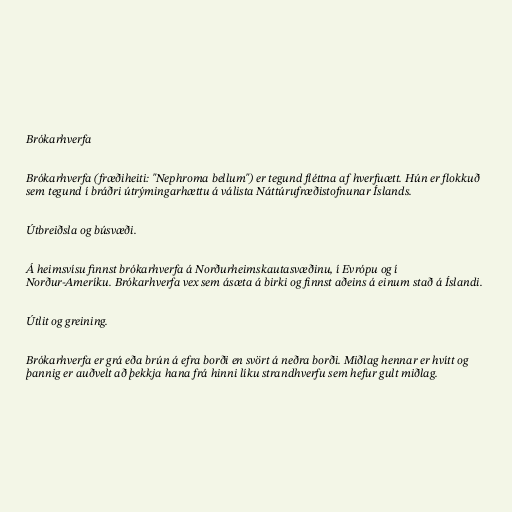
Brókarhverfa

Brókarhverfa (fræðiheiti: "Nephroma bellum") er tegund fléttna af hverfuætt. Hún er flokkuð
sem tegund í bráðri útrýmingarhættu á válista Náttúrufræðistofnunar Íslands.

Útbreiðsla og búsvæði.

Á heimsvísu finnst brókarhverfa á Norðurheimskautasvæðinu, í Evrópu og í
Norður-Ameríku. Brókarhverfa vex sem ásæta á birki og finnst aðeins á einum stað á Íslandi.

Útlit og greining.

Brókarhverfa er grá eða brún á efra borði en svört á neðra borði. Miðlag hennar er hvítt og
þannig er auðvelt að þekkja hana frá hinni líku strandhverfu sem hefur gult miðlag.